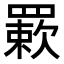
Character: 𦌊